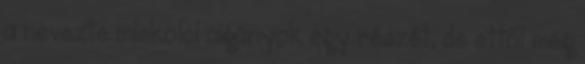
a nevezte miskolci cigányok egy részét, de ettől még